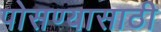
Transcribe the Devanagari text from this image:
पोसण्यासाठी